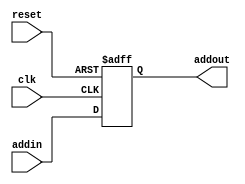
//The pc actually stores the address of the imem, 
//so if the imem uses a 12-bit address, the pc is a 12-bit register. 
//This can be achieved with 12 DFFs.
module PC
#(parameter size=12)
(
 input clk,reset,input [size-1:0] addin,
 output reg[size-1:0] addout
);

always @(posedge clk,posedge reset)
begin
if(reset)
 addout<=0;
else

 addout <= addin;
end

endmodule